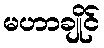
မဟာချိုင်